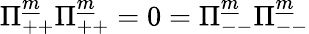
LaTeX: \Pi_{++}^{\underline{{m}}}\Pi_{++}^{\underline{{m}}}=0=\Pi_{--}^{\underline{{m}}}\Pi_{--}^{\underline{{m}}}